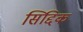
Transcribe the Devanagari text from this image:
सिद्दिक